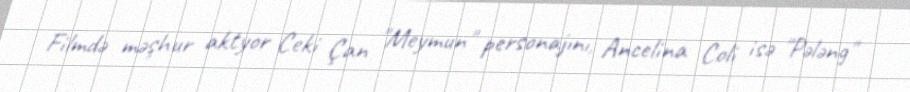
Filmdə məşhur aktyor Ceki Çan "Meymun" personajını, Ancelina Coli isə "Pələng"